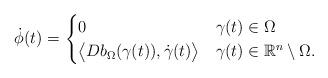
LaTeX: \begin{align*}\dot{\phi}(t)=\begin{cases}0 \ \ \ \ \ &\gamma(t)\in\Omega\\\big\langle Db_\Omega(\gamma(t)),\dot{\gamma}(t)\big\rangle &\gamma(t)\in \mathbb{R}^n\setminus\Omega.\end{cases}\end{align*}